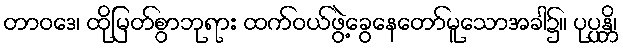
တာဝဒေ၊ ထိုမြတ်စွာဘုရား ထက်ဝယ်ဖွဲ့ခွေနေတော်မူသောအခါ၌။ ပုပ္ပန္တိ၊